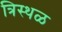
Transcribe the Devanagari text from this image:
त्रिस्थळ